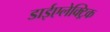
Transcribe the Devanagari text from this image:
डाईएलेक्ट्रिक